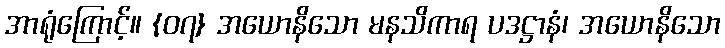
အာရုံကြောင့်။ {၀၇} အယောနိသော မနသိကာရ ပဒဋ္ဌာနံ၊ အယောနိသော